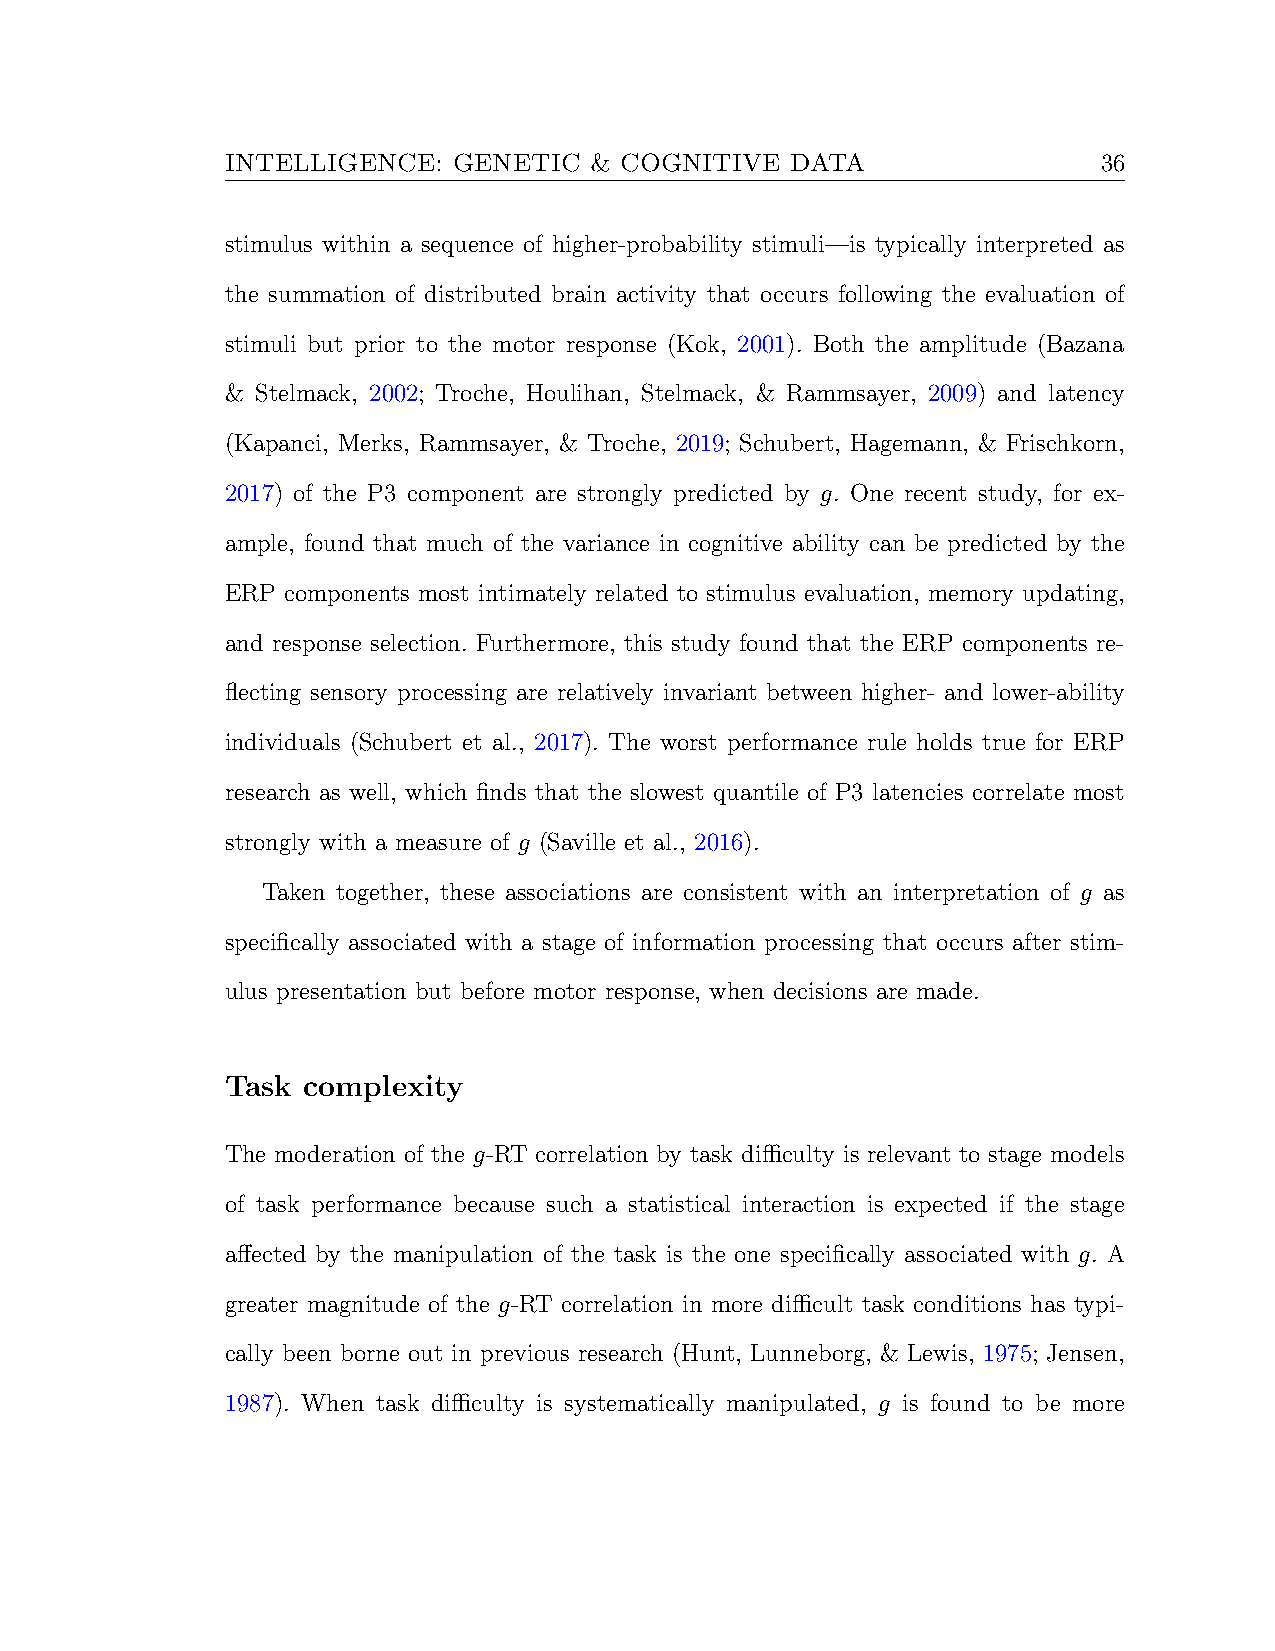
INTELLIGENCE:  GENETIC  & COGNITIVE  DATA                 36
 stimulus within a sequence of higher-probability stimuli—is typically interpreted as
 the summation of distributed brain activity that occurs following the evaluation of
 stimuli but prior to the motor response (Kok, 2001). Both the amplitude (Bazana
 & Stelmack, 2002; Troche, Houlihan, Stelmack, & Rammsayer, 2009) and latency
 (Kapanci, Merks, Rammsayer, & Troche, 2019; Schubert, Hagemann, & Frischkorn,
 2017) of the P3 component are strongly predicted by g. One recent study, for ex-
 ample, found that much of the variance in cognitive ability can be predicted by the
 ERP components most intimately related to stimulus evaluation, memory updating,
 and response selection. Furthermore, this study found that the ERP components re-
 flecting sensory processing are relatively invariant between higher- and lower-ability
 individuals (Schubert et al., 2017). The worst performance rule holds true for ERP
 research as well, which finds that the slowest quantile of P3 latencies correlate most
 strongly with a measure of g (Saville et al., 2016).
 Taken together, these associations are consistent with an interpretation of g as
 specifically associated with a stage of information processing that occurs after stim-
 ulus presentation but before motor response, when decisions are made.
 Task complexity
 The moderation of the g-RT correlation by task difficulty is relevant to stage models
 of task performance because such a statistical interaction is expected if the stage
 affected by the manipulation of the task is the one specifically associated with g. A
 greater magnitude of the g-RT correlation in more difficult task conditions has typi-
 cally been borne out in previous research (Hunt, Lunneborg, & Lewis, 1975; Jensen,
 1987). When task difficulty is systematically manipulated, g is found to be more